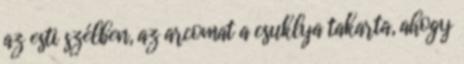
az esti szélben, az arcomat a csuklya takarta, ahogy